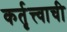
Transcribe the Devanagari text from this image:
कर्तृत्त्वाची